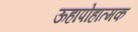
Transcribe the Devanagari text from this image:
ऊहापोहात्मक